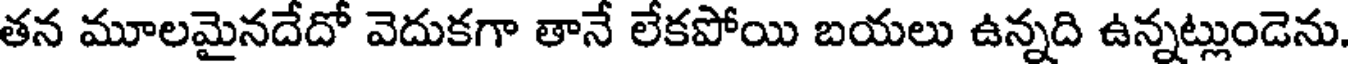
తన మూలమైనదేదో వెదుకగా తానే లేకపోయి బయలు ఉన్నది ఉన్నట్లుండెను